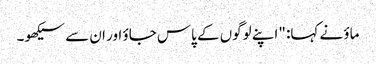
ماؤ نے کہا: "اپنے لوگوں کے پاس جاؤ اور ان سے سیکھو۔